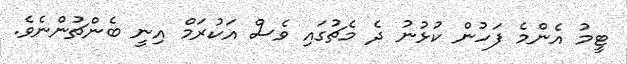
ޓީމު އެންމެ ފަހުން ކުޅުނު ދެ މެޗުގައި ވެސް އަކުރަމް އިނީ ބެންޗުންނެވެ.